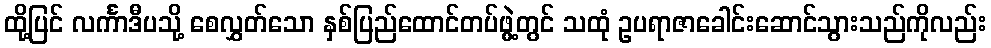
ထို့ပြင် လင်္ကာဒီပသို့ စေလွှတ်သော နှစ်ပြည်ထောင်တပ်ဖွဲ့တွင် သထုံ ဥပရာဇာခေါင်းဆောင်သွားသည်ကိုလည်း